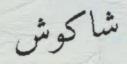
شاكوش